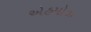
એહમોઝ